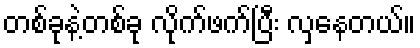
တစ်ခုနဲ့တစ်ခု လိုက်ဖက်ပြီး လှနေတယ်။